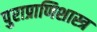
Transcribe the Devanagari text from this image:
पुराप्राणिशास्त्र